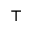
\top